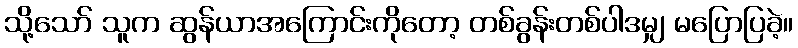
သို့သော် သူက ဆွန်ယာအကြောင်းကိုတော့ တစ်ခွန်းတစ်ပါဒမျှ မပြောပြခဲ့။